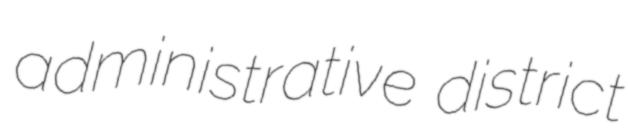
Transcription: administrative district